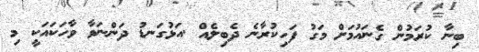
ބިނާ ކުރަމުން ގެނައުމަށް މަގު ފަހިކުރާނެ ދެބިލެއް .އަޅުގަނޑު ދަންނަވާ ވާހަކައަކީ މި